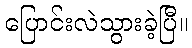
ပြောင်းလဲသွားခဲ့ပြီ။